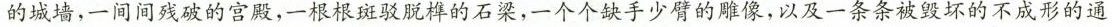
的城墙，一间间残破的宫殿，一根根斑驳脱棒的石梁，一个个缺手少臂的雕像，以及一条条被毁坏的不成形的通